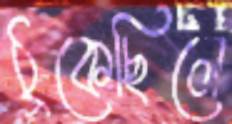
ঠুকেছিলে